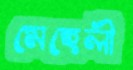
মেহেলী